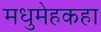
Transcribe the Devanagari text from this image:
मधुमेहकहा